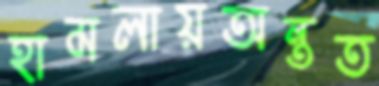
হামলায়অন্তত